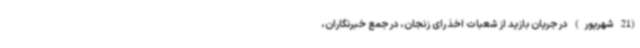
(21 شهریور) در جریان بازید از شعبات اخذ رای زنجان، در جمع خبرنگاران،